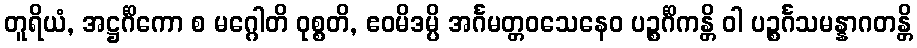
တူရိယံ, အဋ္ဌင်္ဂိကော စ မဂ္ဂေါတိ ဝုစ္စတိ, ဧဝမိဒမ္ပိ အင်္ဂမတ္တဝသေနေဝ ပဉ္စင်္ဂိကန္တိ ဝါ ပဉ္စင်္ဂသမန္နာဂတန္တိ